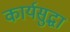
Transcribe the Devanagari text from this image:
कार्यसुद्धा